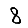
Digit: 8